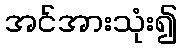
အင်အားသုံး၍